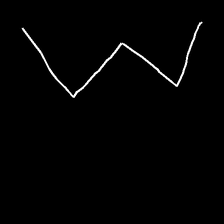
Glyph: crush